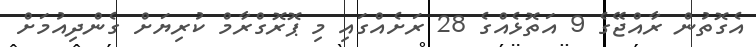
އެގޮތުން ރާއްޖޭގެ 9 އަތޮޅެއްގެ 28 ރަށެއްގައި މި ޕޮރޮގްރާމް ކުރިޔަށް ގެންދިއުމަށް